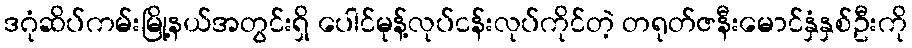
ဒဂုံဆိပ်ကမ်းမြို့နယ်အတွင်းရှိ ပေါင်မုန့်လုပ်ငန်းလုပ်ကိုင်တဲ့ တရုတ်ဇနီးမောင်နှံနှစ်ဦးကို